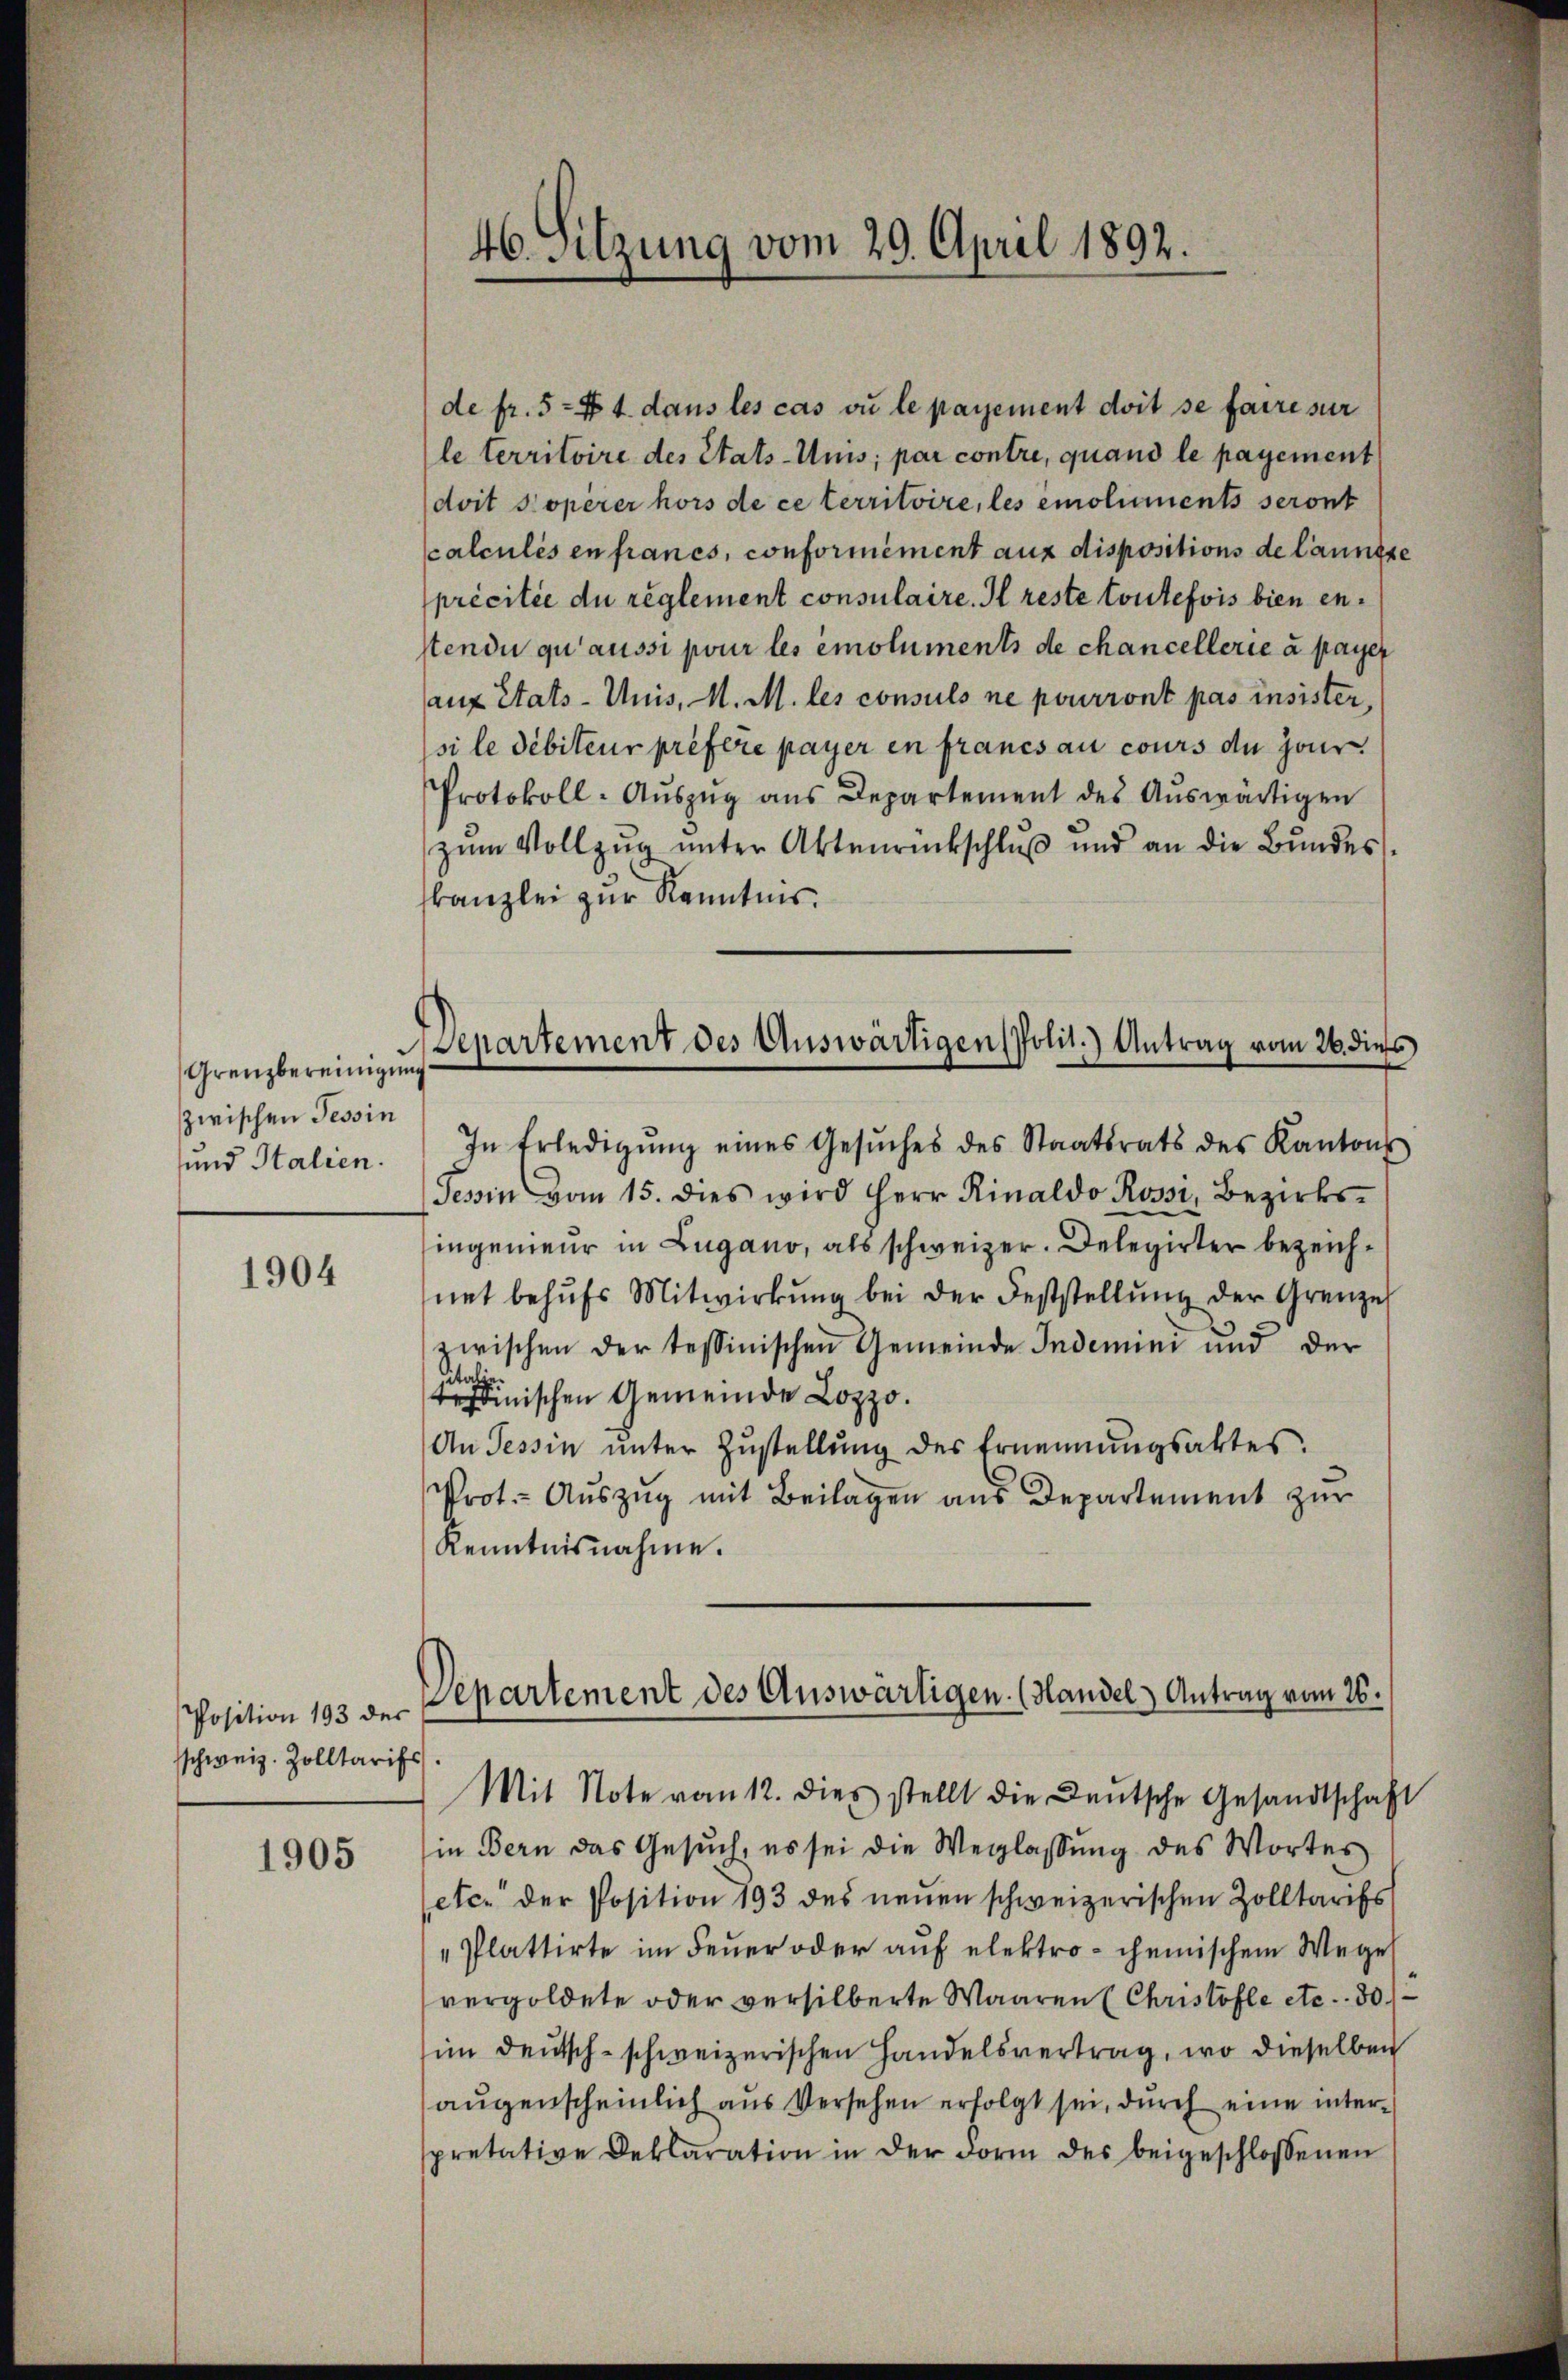
Grenzbereinigung
zwischen Tessin
und Italien.

1904

Position 193 der
schweiz. Zolltarifs

1905

46. Sitzung vom 29. April 1892.

de fr. 5 - 4. dans les cas ou le payement doit se faire sur
le territoire des Stats-Unis; par contre, quand le payement
doit Koperer hors de ce territoire, les emoluments seront
Calculis en francs, conformément aux dispositions de launise
précitie du reglement consulaire. Il reste toutefois bien enstendu qu’aussi pour les emoluments de chancellerie à payer
auf Stats-Unis, M. M. les consuls ne pourront pas insister,
si le débiteur préfère payer in francs au cours du jour
Protokoll-Aŭszŭg ans Departement des Aŭswärtigen
zŭm Vollzŭg ŭnter Aktenrückschlŭβ und an die Bŭndes-
skanzlei zur Kenntnis.
In Erledigŭng eines Gesŭches des Staatsrats des Kantons
Tessin vom 15. dies wird Herr Rinaldo Rossi, Bezirks-
ingenieur in Lugano, als schweizer. Delegirter bezeichnet behŭfs Mitwirkŭng bei der Feststellŭng der Grenze
zwischen der tessinischen Gemeinde Indemini und der
inischen Gemeinde Lozzo.
An Tessin ŭnter Zŭstellŭng des Ernennungsaktes.
Prot. Aŭszŭg mit Beilagen aus Departement zur
Kenntnisnahme.
Mit Note vom 12. dies stellt die Deutsche Gesandtschaft
in Bern das Gesŭch, es sei die Weglassŭng des Wortes
etc. der Position 193 des neuen schweizerischen Zolltarifs
"Plattirte im Feuer oder auf elektro chemischem Wege
vergoldete oder versilberte Waaren (Christöfle etc. . 301
im Deutsch-schweizerischen Handelsvertrag, wo dieselben
augenscheinlich aus Versehen erfolgt sei, durch eine interpretative Deklaration in der Form des beigeschlossenen

Departement des Auswärtigen Polit.) Antrag vom 26. dieß

Separtement des Auswärtigen. (Handel Antrag vom 26.